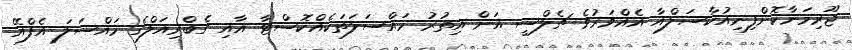
ޖޫރިމަނާކޮށްފިނިއުކާސަލްއާ އެއްވަރުވެ ޗެލްސީ އަށް އިތުރު މައްސަލަތަކެއްކޮސްޓާ އާއި ގެބްރިއަލްގެ މައްސަލަ އެފްއޭ